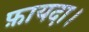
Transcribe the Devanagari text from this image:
फ़ायदा।